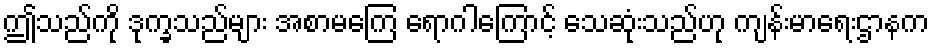
ဤသည်ကို ဒုက္ခသည်များ အစာမကြေ ရောဂါကြောင့် သေဆုံးသည်ဟု ကျန်းမာရေးဌာနက